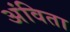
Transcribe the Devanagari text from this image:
अंविता